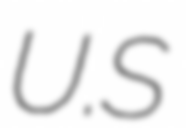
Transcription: U.S